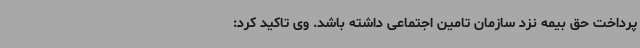
پرداخت حق بیمه نزد سازمان تامین اجتماعی داشته باشد. وی تاکید کرد: